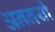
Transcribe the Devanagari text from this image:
अननयी